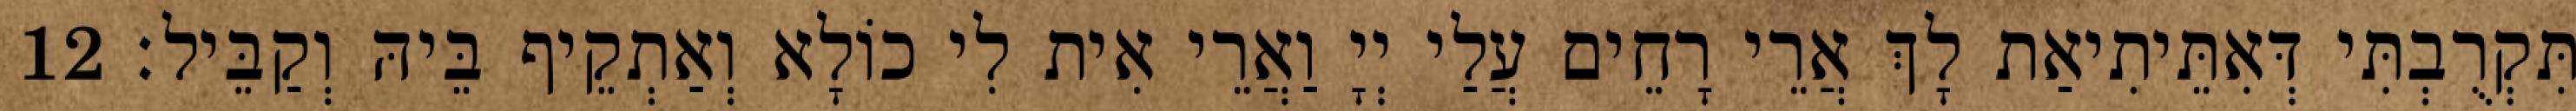
תִּקְרֻבְתִּי דְּאִתֵּיתִיאַת לָךְ אֲרֵי רָחֵים עֲלַי יְיָ וַאֲרֵי אִית לִי כוֹלָא וְאַתְקֵיף בֵּיהּ וְקַבֵּיל׃ 12